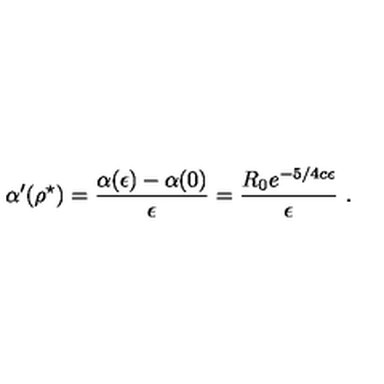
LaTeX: \alpha ^ { \prime } ( \rho ^ { \star } ) = \frac { \alpha ( \epsilon ) - \alpha ( 0 ) } { \epsilon } = \frac { R _ { 0 } e ^ { - 5 / 4 c \epsilon } } { \epsilon } \ .